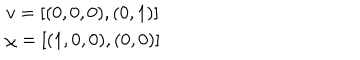
LaTeX: \begin{array} { c } { { v = [ ( 0 , 0 , 0 ) , ( 0 , 1 ) ] } } \\ { { \chi = [ ( 1 , 0 , 0 ) , ( 0 , 0 ) ] } } \\ \end{array}